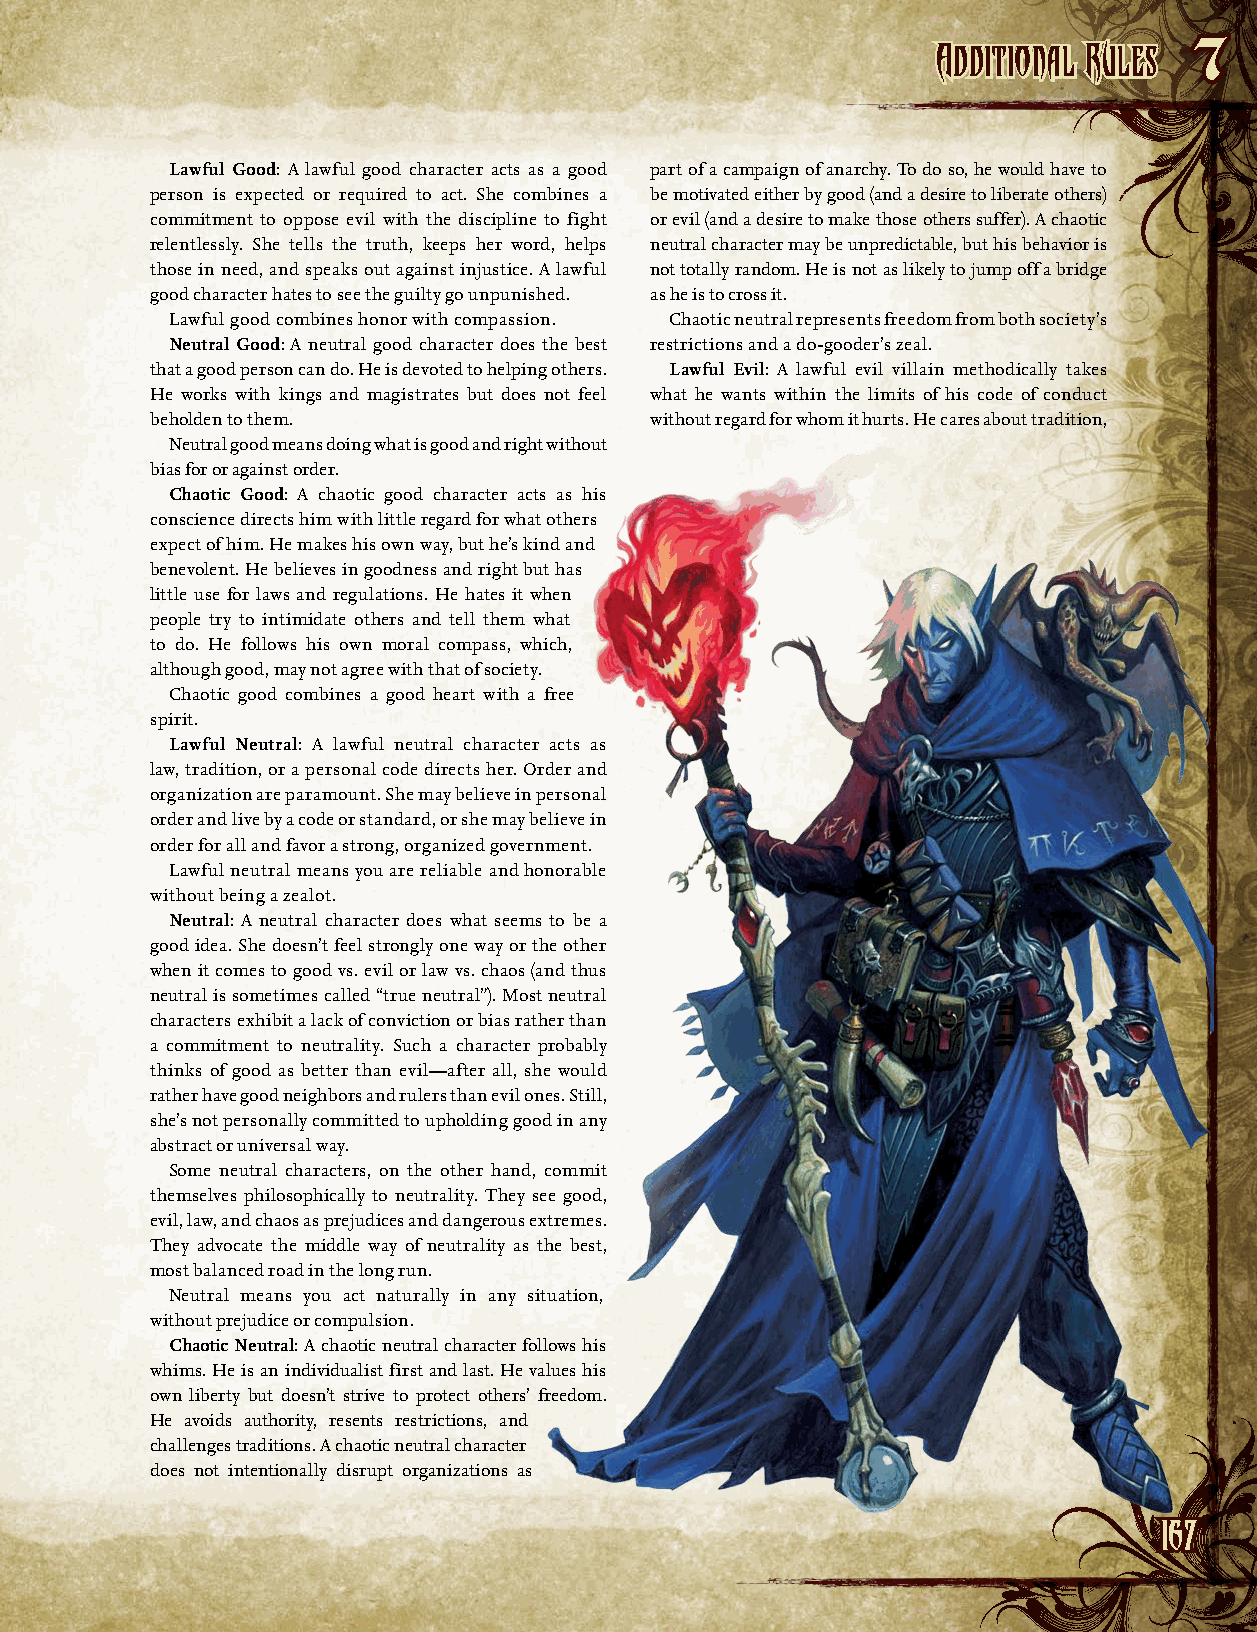
AAddddiittiioonnaall RRuulleess
 7
 Lawful Good: A lawful good character acts as a good part of a campaign of anarchy. To do so, he would have to
 person is expected or required to act. She combines a be motivated either by good (and a desire to liberate others)
 commitment to oppose evil with the discipline to fight or evil (and a desire to make those others suffer). A chaotic
 relentlessly. She tells the truth, keeps her word, helps neutral character may be unpredictable, but his behavior is
 those in need, and speaks out against injustice. A lawful not totally random. He is not as likely to jump off a bridge
 good character hates to see the guilty go unpunished. as he is to cross it.
 Lawful good combines honor with compassion. Chaotic neutral represents freedom from both society’s
 Neutral Good: A neutral good character does the best restrictions and a do-gooder’s zeal.
 that a good person can do. He is devoted to helping others. Lawful Evil: A lawful evil villain methodically takes
 He works with kings and magistrates but does not feel what he wants within the limits of his code of conduct
 beholden to them.                without regard for whom it hurts. He cares about tradition,
 Neutral good means doing what is good and right without
 bias for or against order.
 Chaotic Good: A chaotic good character acts as his
 conscience directs him with little regard for what others
 expect of him. He makes his own way, but he’s kind and
 benevolent. He believes in goodness and right but has
 little use for laws and regulations. He hates it when
 people try to intimidate others and tell them what
 to do. He follows his own moral compass, which,
 although good, may not agree with that of society.
 Chaotic good combines a good heart with a free
 spirit.
 Lawful Neutral: A lawful neutral character acts as
 law, tradition, or a personal code directs her. Order and
 organization are paramount. She may believe in personal
 order and live by a code or standard, or she may believe in
 order for all and favor a strong, organized government.
 Lawful neutral means you are reliable and honorable
 without being a zealot.
 Neutral: A neutral character does what seems to be a
 good idea. She doesn’t feel strongly one way or the other
 when it comes to good vs. evil or law vs. chaos (and thus
 neutral is sometimes called “true neutral”). Most neutral
 characters exhibit a lack of conviction or bias rather than
 a commitment to neutrality. Such a character probably
 thinks of good as better than evil—after all, she would
 rather have good neighbors and rulers than evil ones. Still,
 she’s not personally committed to upholding good in any
 abstract or universal way.
 Some neutral characters, on the other hand, commit
 themselves philosophically to neutrality. They see good,
 evil, law, and chaos as prejudices and dangerous extremes.
 They advocate the middle way of neutrality as the best,
 most balanced road in the long run.
 Neutral means you act naturally in any situation,
 without prejudice or compulsion.
 Chaotic Neutral: A chaotic neutral character follows his
 whims. He is an individualist first and last. He values his
 own liberty but doesn’t strive to protect others’ freedom.
 He avoids authority, resents restrictions, and
 challenges traditions. A chaotic neutral character
 does not intentionally disrupt organizations as
 116677